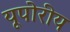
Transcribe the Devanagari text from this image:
यूपोरीय